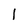
Character: 1